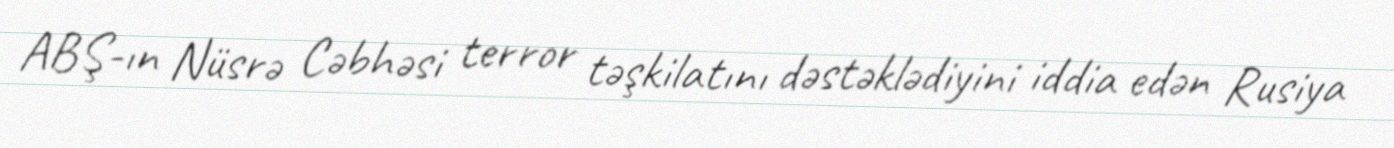
ABŞ-ın Nüsrə Cəbhəsi terror təşkilatını dəstəklədiyini iddia edən Rusiya